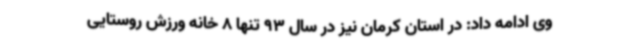
وی ادامه داد: در استان کرمان نیز در سال 93 تنها 8 خانه ورزش روستایی